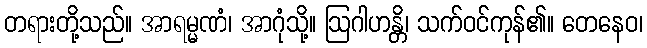
တရားတို့သည်။ အာရမ္မဏံ၊ အာဂုံသို့။ ဩဂါဟန္တိ၊ သက်ဝင်ကုန်၏။ တေနေဝ၊